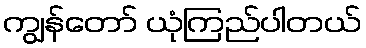
ကျွန်တော် ယုံကြည်ပါတယ်